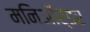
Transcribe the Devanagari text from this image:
मनिऑर्डर